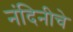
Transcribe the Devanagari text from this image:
नंदिनीचे